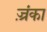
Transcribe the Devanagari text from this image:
ज़्रंका